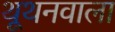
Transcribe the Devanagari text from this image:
थूथनवाला